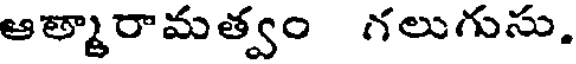
ఆత్మారామత్వం గలుగుసు.